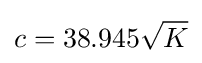
{c}=38.945{\sqrt {K}}